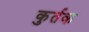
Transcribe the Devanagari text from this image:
कुर्तक